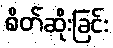
စိတ်ဆိုးခြင်း